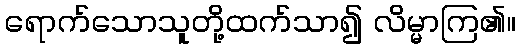
ရောက်သောသူတို့ထက်သာ၍ လိမ္မာကြ၏။